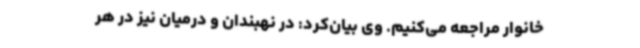
خانوار مراجعه می‌کنیم. وی بیان‌کرد: در نهبندان و درمیان نیز در هر